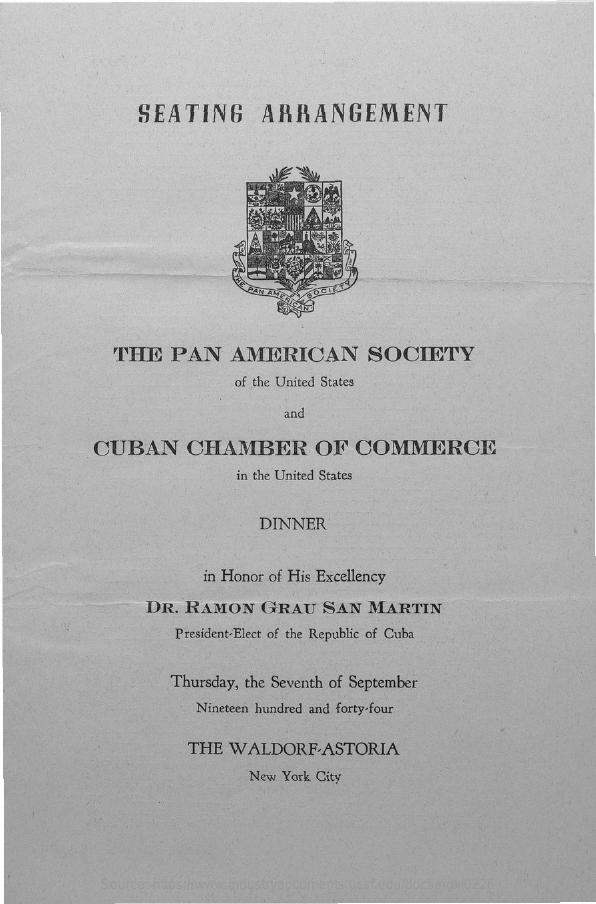
SEATING    ARRANGEMENT
     THE    PAN    AMERICAN    SOCIETY
     of the United States
     and
     CUBAN    CHAMBER    OF    COMMERCE
     in the United States
     DINNER
     in Honor of His Excellency
     DR.   RAMON    GRAU    SAN    MARTIN
     President-Elect of the Republic of Cuba
     Thursday,  the Seventh of September
     Nineteen hundred and forty-four
     THE   WALDORF    ASTORIA
     New York City
     Source: https://www.industrydocuments.ucsf.edu/docs/ngxl0226